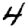
Digit: 4